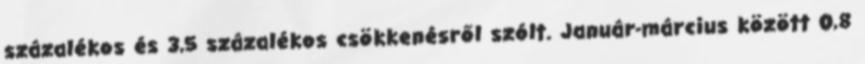
százalékos és 3,5 százalékos csökkenésről szólt. Január-március között 0,8